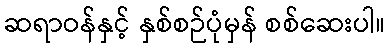
ဆရာဝန်နှင့် နှစ်စဉ်ပုံမှန် စစ်ဆေးပါ။